Report of the King Institute of Preventive Medicine, Guindy
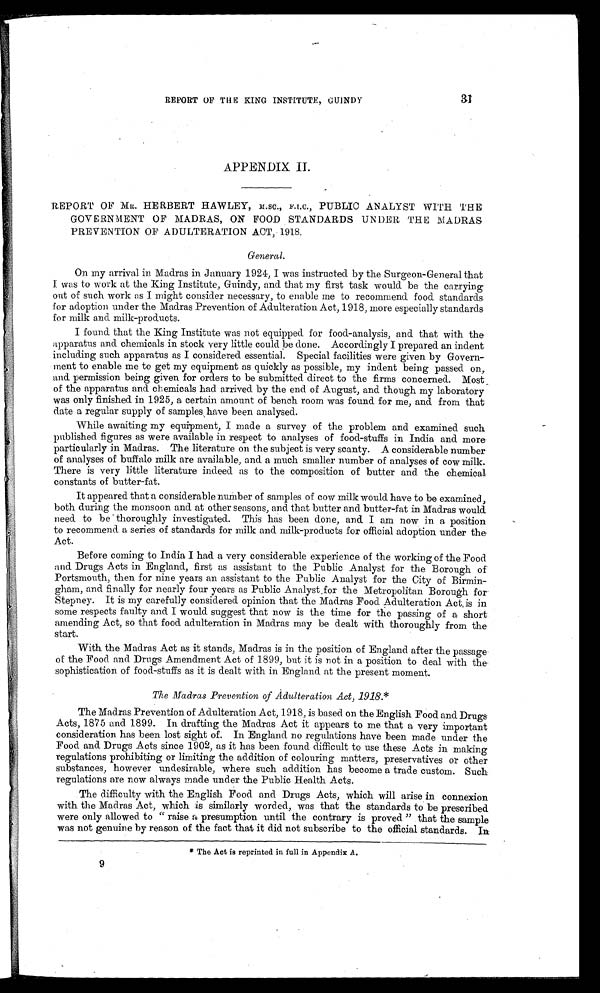
31
REPORT OF THE KING INSTITUTE, GU1NDY
APPENDIX II.
REPORT OF MR. HERBERT HAWLEY, M.SC., F.I.C., PUBLIC ANALYST WITH THE
GOVERNMENT OF MADRAS, ON FOOD STANDARDS UNDER THE MADRAS
PREVENTION OF ADULTERATION ACT, 1918.
General.
On my arrival in Madras in January 1924, I was instructed by the Surgeon-General that
I was to work at the King Institute, Guindy, and that my first task would be the carrying
out of such work as I might consider necessary, to enable me to recommend food standards
f or adoption under the Madras Prevention of Adulteration Act, 1918, more especially standards
for milk and milk-products.
I found that the King Institute was not equipped for food-analysis, and that with the
apparatus and chemicals in stock very little could be done. Accordingly I prepared an indent
including such apparatus as I considered essential. Special facilities were given by Govern
-
ment to enable me to get my equipment as quickly as possible, my indent being passed on,
and permission being given for orders to be submitted direct to the firms concerned. Most
of the apparatus and chemicals had arrived by the end of August, and though my laboratory
was only finished in 1925, a certain amount of bench room was found for me, and from that
date a regular supply of samples have been analysed.
While awaiting my equipment, I made a survey of the problem and examined such
published figures as were available in respect to analyses of food-stuffs in India and more
particularly in Madras. The literature on the subject is very scanty. A considerable number
of analyses of buffalo milk are available, and a much smaller number of analyses of cow milk.
There is very little literature indeed as to the composition of butter and the chemical
constants of butter-fat.
It appeared that a considerable number of samples of cow milk would have to be examined,
both during the monsoon and at other seasons, and that butter and butter-fat in Madras would
need to be thoroughly investigated. This has been done, and I am now in a position
to recommend a series of standards for milk and milk-products for official adoption under the
Act.
Before coming to India I had a very considerable experience of the working of the Food
and Drugs Acts in England, first as assistant to the Public Analyst for the Borough of
Portsmouth, then for nine years an assistant to the Public Analyst for the City of Birmin
-
gham, and finally for nearly four years as Public Analyst for the Metropolitan Borough for
Stepney. It is my carefully considered opinion that the Madras Food Adulteration Act is in
some respects faulty and I would suggest that now is the time for the passing of a short
amending Act, so that food adulteration in Madras may be dealt with thoroughly from the
start.
With the Madras Act as it stands, Madras is in the position of England after the passage
of the Food and Drugs Amendment Act of 1899, but it is not in a position to deal with the
sophistication of food-stuffs as it is dealt with in England at the present moment.
The Madras Prevention of Adulteration Act, 1918.*
The Madras Prevention of Adulteration Act, 1918, is based on the English Food and Drugs
Acts, 1875 and 1899. In drafting the Madras Act it appears to me that a very important
consideration has been lost sight of. In England no regulations have been made under the
Food and Drugs Acts since 1902, as it has been found difficult to use these Acts in making
regulations prohibiting or limiting the addition of colouring matters, preservatives or other
substances, however undesirable, where such addition has become a trade custom. Such
regulations are now always made under the Public Health Acts.
The difficulty with the English Food and Drugs Acts, which will arise in connexion
with the Madras Act, which is similarly worded, was that the standards to be prescribed
were only allowed to "raise a presumption until the contrary is proved" that the sample
was not genuine by reason of the fact that it did not subscribe to the official standards. In
* The Act is reprinted in full in Appendix A.
9